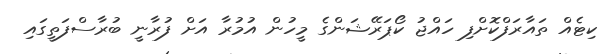
ކިޓެއް ތައާރަފްކޮށްފި ހައްޖު ކޯޕަރޭޝަންގެ މީހުން އުމުރާ އަށް ފުރާނީ ބުރާސްފަތީގައި